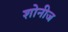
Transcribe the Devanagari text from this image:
शोनीज